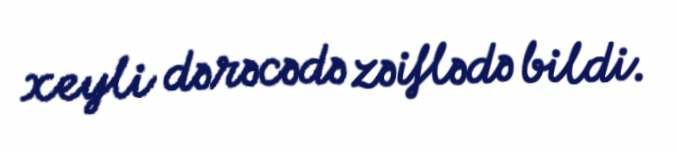
xeyli dərəcədə zəiflədə bildi.